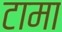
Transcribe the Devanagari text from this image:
टामा